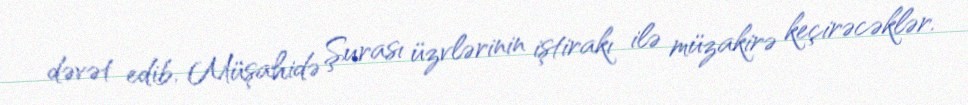
dəvət edib, Müşahidə Şurası üzvlərinin iştirakı ilə müzakirə keçirəcəklər.